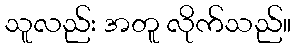
သူလည်း အတူ လိုက်သည်။